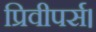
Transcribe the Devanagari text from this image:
प्रिवीपर्स।